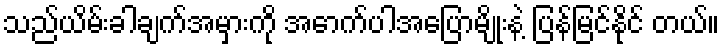
သည်ယိမ်းခါချက်အမှားကို အောက်ပါအပြောမျိုးနဲ့ ပြန်မြင်နိုင် တယ်။